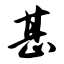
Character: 甚